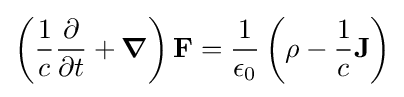
\left({\frac {1}{c}}{\dfrac {\partial }{\partial t}}+{\boldsymbol {\nabla }}\right)\mathbf {F} ={\frac {1}{\epsilon _{0}}}\left(\rho -{\frac {1}{c}}\mathbf {J} \right)